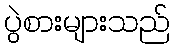
ပွဲစားများသည်